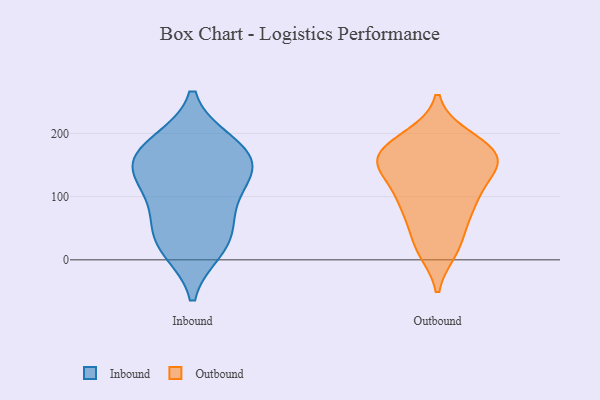
{"axis": {"x": "Demand Index", "y": "Value"}, "legend": ["Inbound", "Outbound"], "data": [{"x": "", "y": 42, "type": "Inbound"}, {"x": "", "y": 182, "type": "Inbound"}, {"x": "", "y": 141, "type": "Inbound"}, {"x": "", "y": 164, "type": "Inbound"}, {"x": "", "y": 77, "type": "Inbound"}, {"x": "", "y": 17, "type": "Inbound"}, {"x": "", "y": 143, "type": "Inbound"}, {"x": "", "y": 100, "type": "Inbound"}, {"x": "", "y": 185, "type": "Inbound"}, {"x": "", "y": 25, "type": "Inbound"}, {"x": "", "y": 140, "type": "Inbound"}, {"x": "", "y": 144, "type": "Outbound"}, {"x": "", "y": 68, "type": "Outbound"}, {"x": "", "y": 162, "type": "Outbound"}, {"x": "", "y": 147, "type": "Outbound"}, {"x": "", "y": 194, "type": "Outbound"}, {"x": "", "y": 165, "type": "Outbound"}, {"x": "", "y": 19, "type": "Outbound"}, {"x": "", "y": 120, "type": "Outbound"}, {"x": "", "y": 193, "type": "Outbound"}, {"x": "", "y": 90, "type": "Outbound"}, {"x": "", "y": 163, "type": "Outbound"}, {"x": "", "y": 70, "type": "Outbound"}, {"x": "", "y": 155, "type": "Outbound"}, {"x": "", "y": 16, "type": "Outbound"}, {"x": "", "y": 98, "type": "Outbound"}, {"x": "", "y": 180, "type": "Outbound"}, {"x": "", "y": 25, "type": "Outbound"}, {"x": "", "y": 142, "type": "Outbound"}, {"x": "", "y": 170, "type": "Outbound"}, {"x": "", "y": 95, "type": "Outbound"}]}